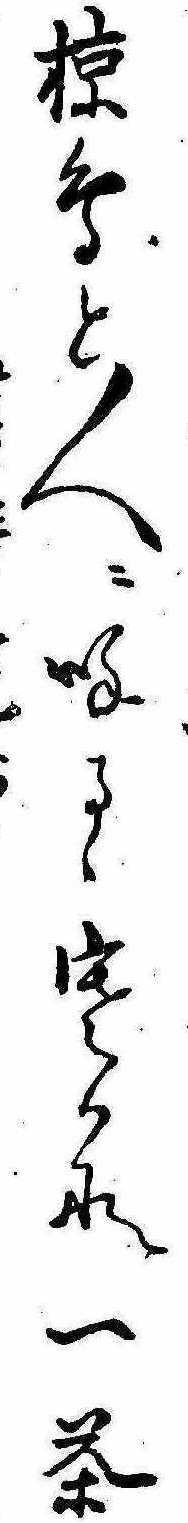
椋鳥と人に呼るゝ寒かな一茶